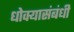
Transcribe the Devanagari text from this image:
धोक्यासंबंधी